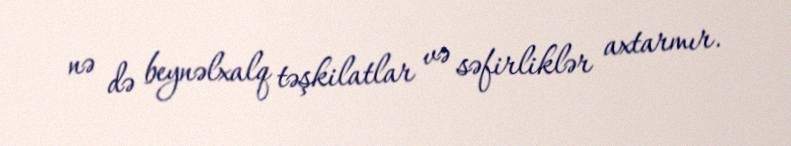
nə də beynəlxalq təşkilatlar və səfirliklər axtarmır.